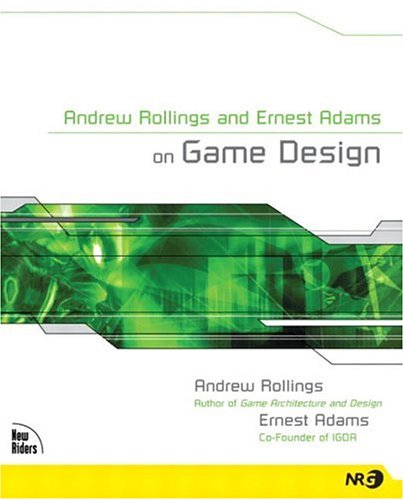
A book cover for Andrew Rollings and Ernest Adams on Game Design; Andrew Rollings; Computers & Technology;